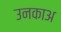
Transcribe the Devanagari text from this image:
उनकाअ